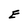
Character: E